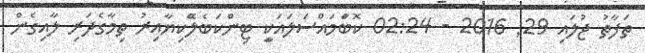
ތަފާތު ޖުލައި 29